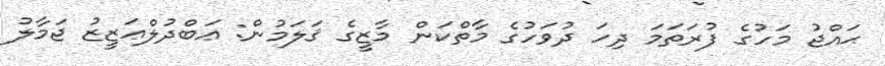
ޙައްޖު މަހުގެ ފުރަތަމަ ދިހަ ދުވަހުގެ މާތްކަން މާޒީގެ ޤަލަމުން: ޢަބްދުލްޢަޒީޒު ޖަމާލު